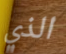
الذي